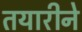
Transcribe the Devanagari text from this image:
तयारीने